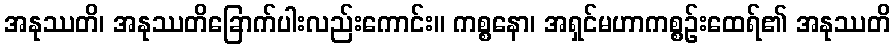
အနုဿတိ၊ အနုဿတိခြောက်ပါးလည်းကောင်း။ ကစ္စနော၊ အရှင်မဟာကစ္စဉ်းထေရ်၏ အနုဿတိ